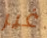
غير